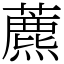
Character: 藨